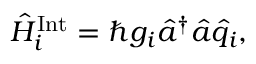
\hat { H } _ { i } ^ { \mathrm { I n t } } = \hbar g _ { i } \hat { a } ^ { \dagger } \hat { a } \hat { q } _ { i } ,